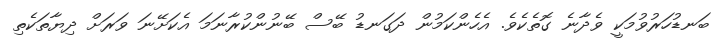
ބަނޑުހަރުވުމަކީ ވެދާނެ ގޮތެކެވެ. އެހެންކަމުން ދަގަނޑު ބޭސް ބޭނުންކުރާނަމަ އެކަށޭނަ ވަރަށް ދިޔާތަކެތި